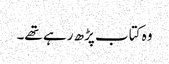
وہ کتاب پڑھ رہے تھے۔